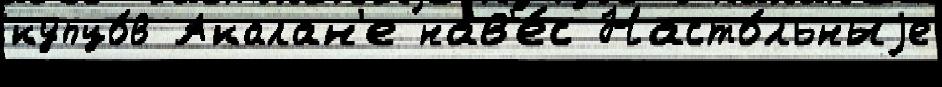
купцо́в Акалан'е нав'е́с Насто́льныjе